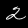
Label: 2